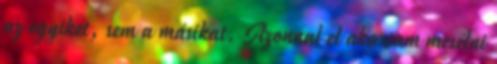
az egyiket, sem a másikat. Azonnal el akartam mesélni